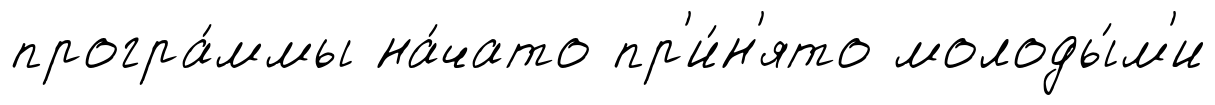
програ́ммы на́чато пр'и́н'ято молоды́м'и